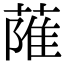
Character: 𦶏